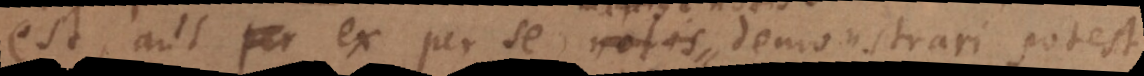
est, aut ex per se notis manife demonstrari potest.